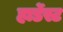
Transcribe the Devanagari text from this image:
हार्डेस्ट